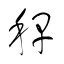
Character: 稈